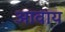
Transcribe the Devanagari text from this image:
आवाय